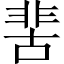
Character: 𩇵